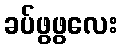
ခပ်ဖွဖွလေး